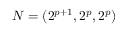
N = ( 2 ^ { p + 1 } , 2 ^ { p } , 2 ^ { p } )